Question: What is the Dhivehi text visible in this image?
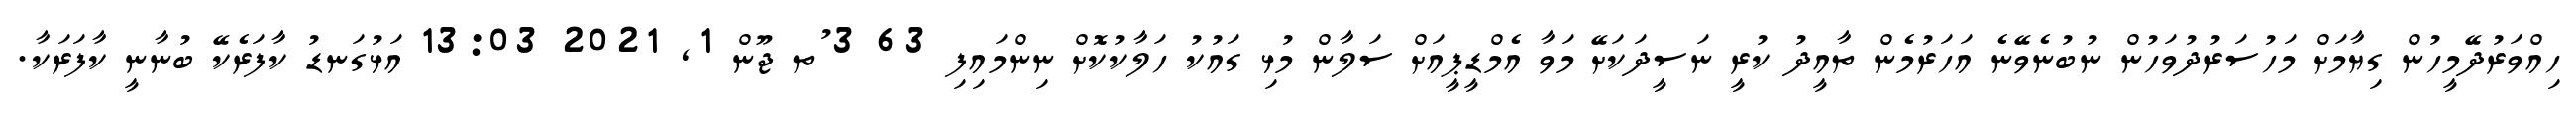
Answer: ހިއްވަރުދޭމީހުން ގިޔާމަށް މަހުސަރުދުވަހުން ނުބުނެވޭނެ އަހަރުމެން ތާއީދު ކުރީ ނަސީދަކަށޭ މަވާ އެމްޑީޕީއަށް ސަލާން މުޅި ގައުކު ހަލާކުކޮށް ނިންމައިފި 63 3 ުތ ޖޫން 1, 2021 13:03 އަޅުގަނޑު ކާފަރެކޭ ބުނާނީ ކާފަރަކާ.